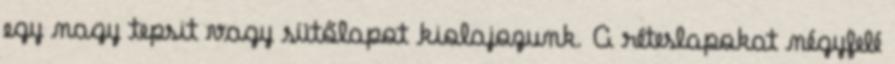
egy nagy tepsit vagy sütőlapot kiolajozunk. A réteslapokat négyfelé